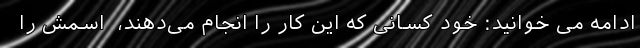
ادامه می خوانید: ‌خود کسانی که این کار را انجام می‌دهند، ‌ اسمش را